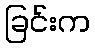
ခြင်းက